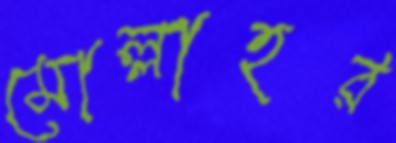
মোল্লাহর